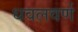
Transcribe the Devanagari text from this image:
धवलवर्ण